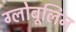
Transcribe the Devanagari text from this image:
ग्लोबूलिन